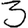
Digit: 3